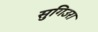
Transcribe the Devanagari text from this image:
सुगिउरा